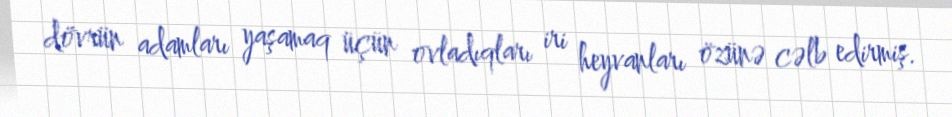
dövrün adamları yaşamaq üçün ovladıqları iri heyvanları özünə cəlb edirmiş.